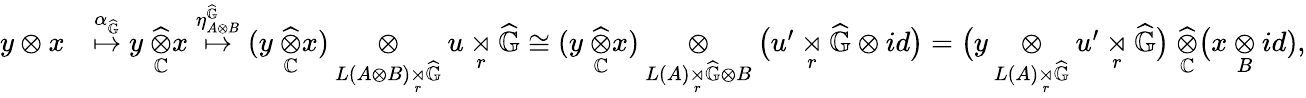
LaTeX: \begin{array}{rl}{y\otimes x}&{\overset{\alpha_{\widehat{\mathbb{G}}}}{\mapsto}y\ \underset{\mathbb{C}}{\widehat{\otimes}}x\overset{\eta_{A\otimes B}^{\widehat{\mathbb{G}}}}{\mapsto}(y\ \underset{\mathbb{C}}{\widehat{\otimes}}x)\underset{L(A\otimes B)\underset{r}{\rtimes}\widehat{\mathbb{G}}}{\otimes}u\underset{r}{\rtimes}\widehat{\mathbb{G}}\cong(y\ \underset{\mathbb{C}}{\widehat{\otimes}}x)\underset{L(A)\underset{r}{\rtimes}\widehat{\mathbb{G}}\otimes B}{\otimes}\big(u^{\prime}\underset{r}{\rtimes}\widehat{\mathbb{G}}\otimes id\big)=\big(y\underset{L(A)\underset{r}{\rtimes}\widehat{\mathbb{G}}}{\otimes}u^{\prime}\underset{r}{\rtimes}\widehat{\mathbb{G}}\big)\ \underset{\mathbb{C}}{\widehat{\otimes}}\big(x\underset{B}{\otimes}id),}\end{array}